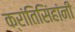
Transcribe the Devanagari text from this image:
क्रांतिसिंहांनी